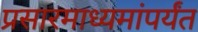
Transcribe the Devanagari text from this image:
प्रसारमाध्यमांपर्यंत